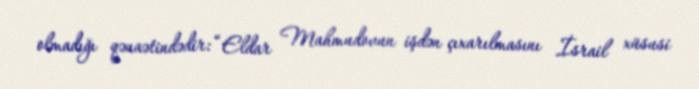
olmadığı qənaətindədir: “Eldar Mahmudovun işdən çıxarılmasını İsrail xüsusi